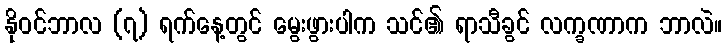
နိုဝင်ဘာလ (၇) ရက်နေ့တွင် မွေးဖွားပါက သင်၏ ရာသီခွင် လက္ခဏာက ဘာလဲ။